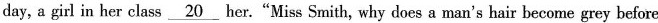
day, a girl in her class \underline{20} her."Miss Smith, why does a man's hair become grey before